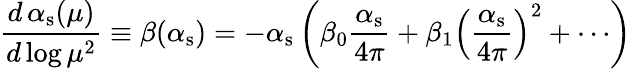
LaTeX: {\frac{d\, \alpha_{\mathrm{s}}(\mu)}{d\log\mu^{2}}}\equiv\beta(\alpha_{\mathrm{s}})=-\alpha_{\mathrm{s}}\left(\beta_{0}{\frac{\alpha_{\mathrm{s}}}{4\pi}}+\beta_{1}\left({\frac{\alpha_{\mathrm{s}}}{4\pi}}\right)^{2}+\cdots\right)